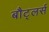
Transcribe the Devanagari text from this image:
बौट्लर्स